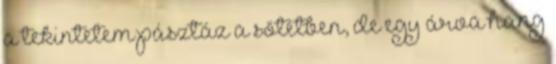
a tekintetem pásztáz a sötétben, de egy árva hang